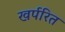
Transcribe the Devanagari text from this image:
खर्परित